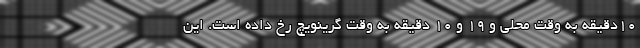
۱۰دقیقه به وقت محلی و ۱۹ و ۱۰ دقیقه به وقت گرینویچ رخ داده است. این